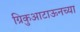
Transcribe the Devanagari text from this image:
ग्रिकुआटाऊनच्या